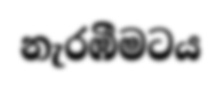
නැරඹීමටය